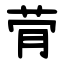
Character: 䒿